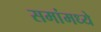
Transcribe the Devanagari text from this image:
समांमध्ये